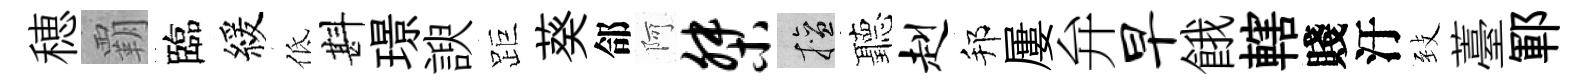
穂覇臨緩低斟璟諛距葵郃阿桀擅聽赳邦屢弁早餓轄賤汙𦤺薹鄆